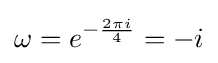
\omega =e^{-{\frac {2\pi i}{4}}}=-i